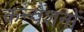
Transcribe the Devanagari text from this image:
कन्वेंशनों